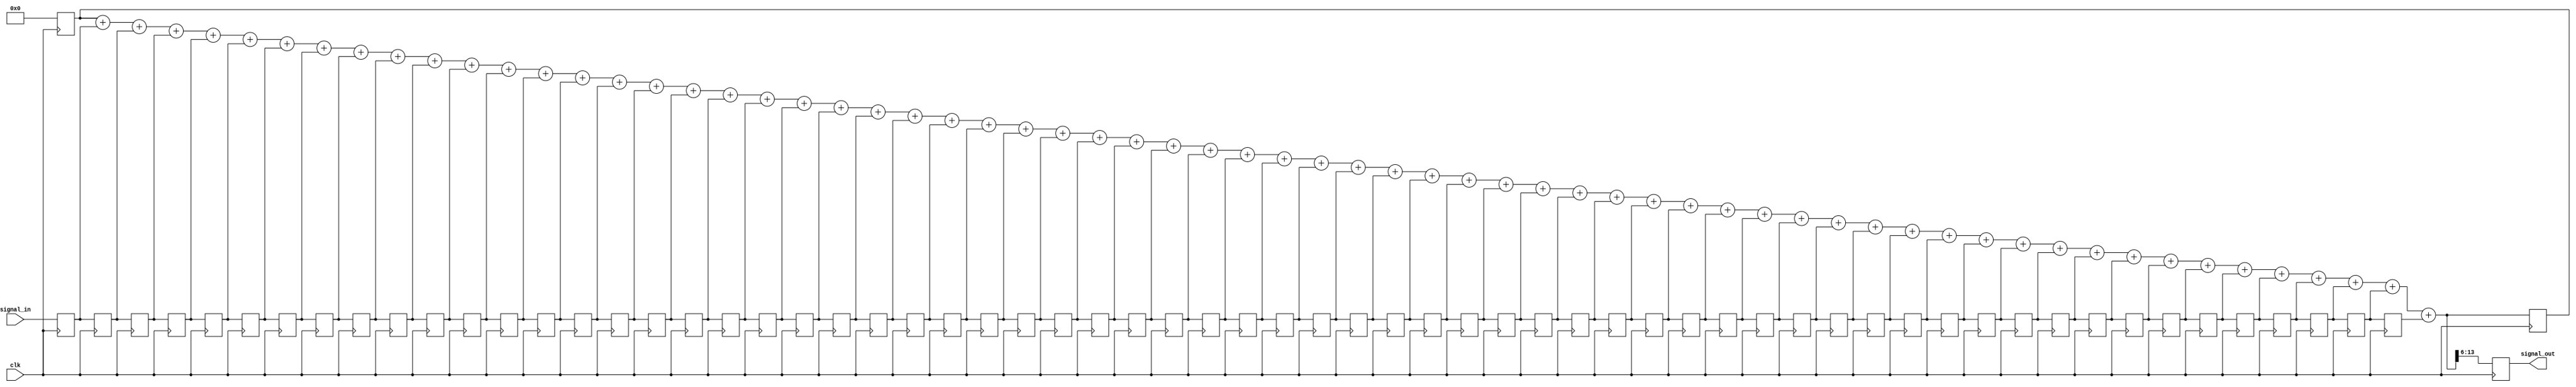
module moving_avg_filt(
  input clk,
  input signed [7:0] signal_in,
  output reg signed [7:0] signal_out
  );

  parameter N = 64; //**must be a power of 2

  reg signed [7:0] input_signal_queue [0:N-1];
  reg signed [13:0] signal_in_sum;
  integer iter;

  always @ (posedge clk) begin
    input_signal_queue[0] <= signal_in;
    for (iter = 0; iter < N - 1; iter = iter + 1)
    begin
      input_signal_queue[iter + 1] <= input_signal_queue[iter];
    end // end for
  end

  always@(posedge clk) begin
    for (iter = 0; iter < N; iter = iter + 1) begin
      signal_in_sum = signal_in_sum + input_signal_queue[iter];
    end
    signal_out = signal_in_sum >>> 6;
  end //end always posedge clk

  always@(negedge clk) begin
    signal_in_sum = 0;
  end
endmodule